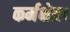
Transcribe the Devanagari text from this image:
कर्मक्षेत्र।